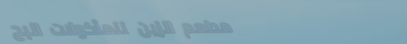
مطعم الزين للمأكولات البح